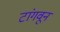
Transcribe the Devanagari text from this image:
टांगवून